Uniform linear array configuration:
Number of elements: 16
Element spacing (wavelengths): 0.25
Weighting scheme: cosine
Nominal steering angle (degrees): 30
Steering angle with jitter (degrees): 30.827
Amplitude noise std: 0.05
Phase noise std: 0.05

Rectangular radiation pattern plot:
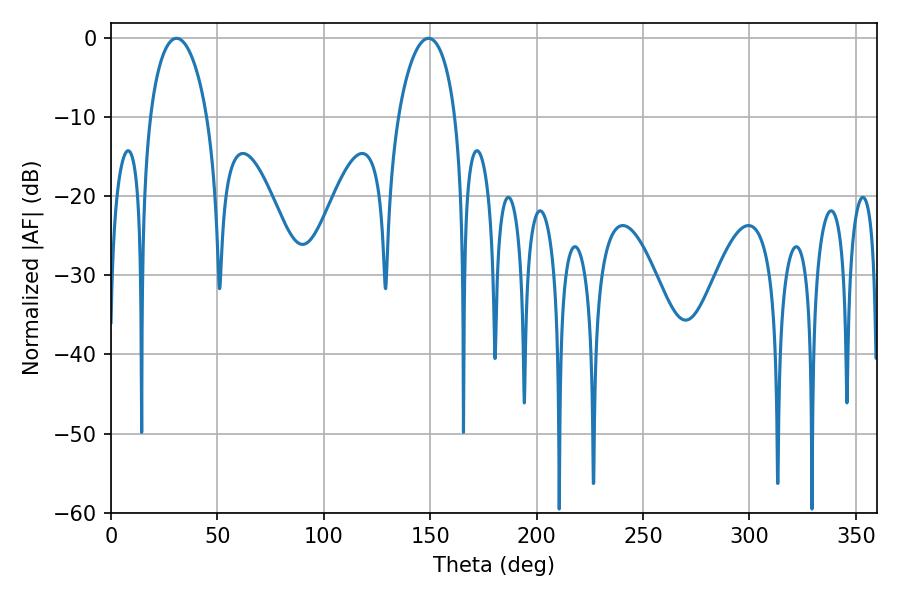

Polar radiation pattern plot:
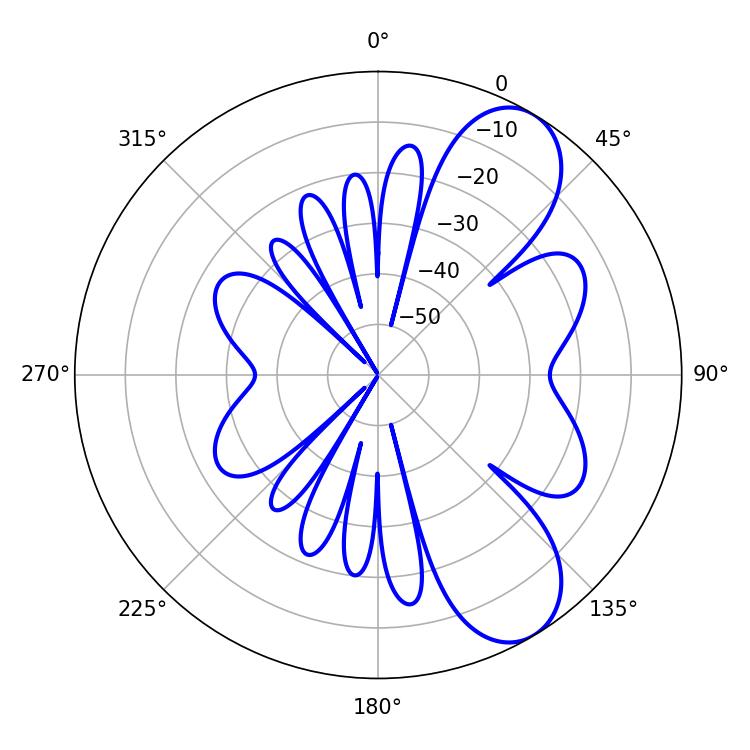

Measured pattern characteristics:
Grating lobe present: FALSE
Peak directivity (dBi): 8.166
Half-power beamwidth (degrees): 15.48
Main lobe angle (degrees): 30.78